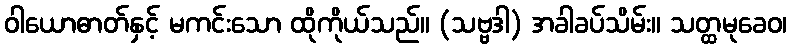
ဝါယောဓာတ်နှင့် မကင်းသော ထိုကိုယ်သည်။ (သဗ္ဗဒါ) အခါခပ်သိမ်း။ သတ္ထမုခေဝ၊